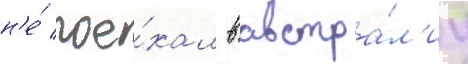
н'е́ пое́хал в австра́л'иу